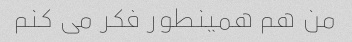
من هم همینطور فکر می کنم